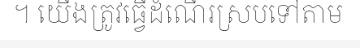
។ យើងត្រូវធ្វើដំណើរស្របទៅតាម